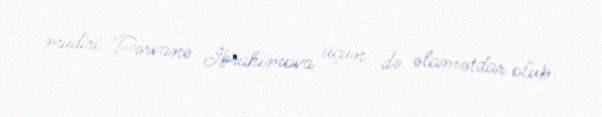
müdiri Pərvanə İbrahimova üçün də əlamətdar olub.